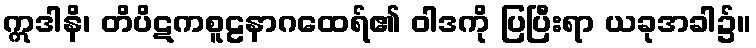
ဣဒါနိ၊ တိပိဋကစူဠနာဂထေရ်၏ ဝါဒကို ပြပြီးရာ ယခုအခါ၌။